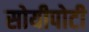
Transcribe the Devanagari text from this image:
सोयीपोटी